kultuurilooline_kollektsioon, lk 26
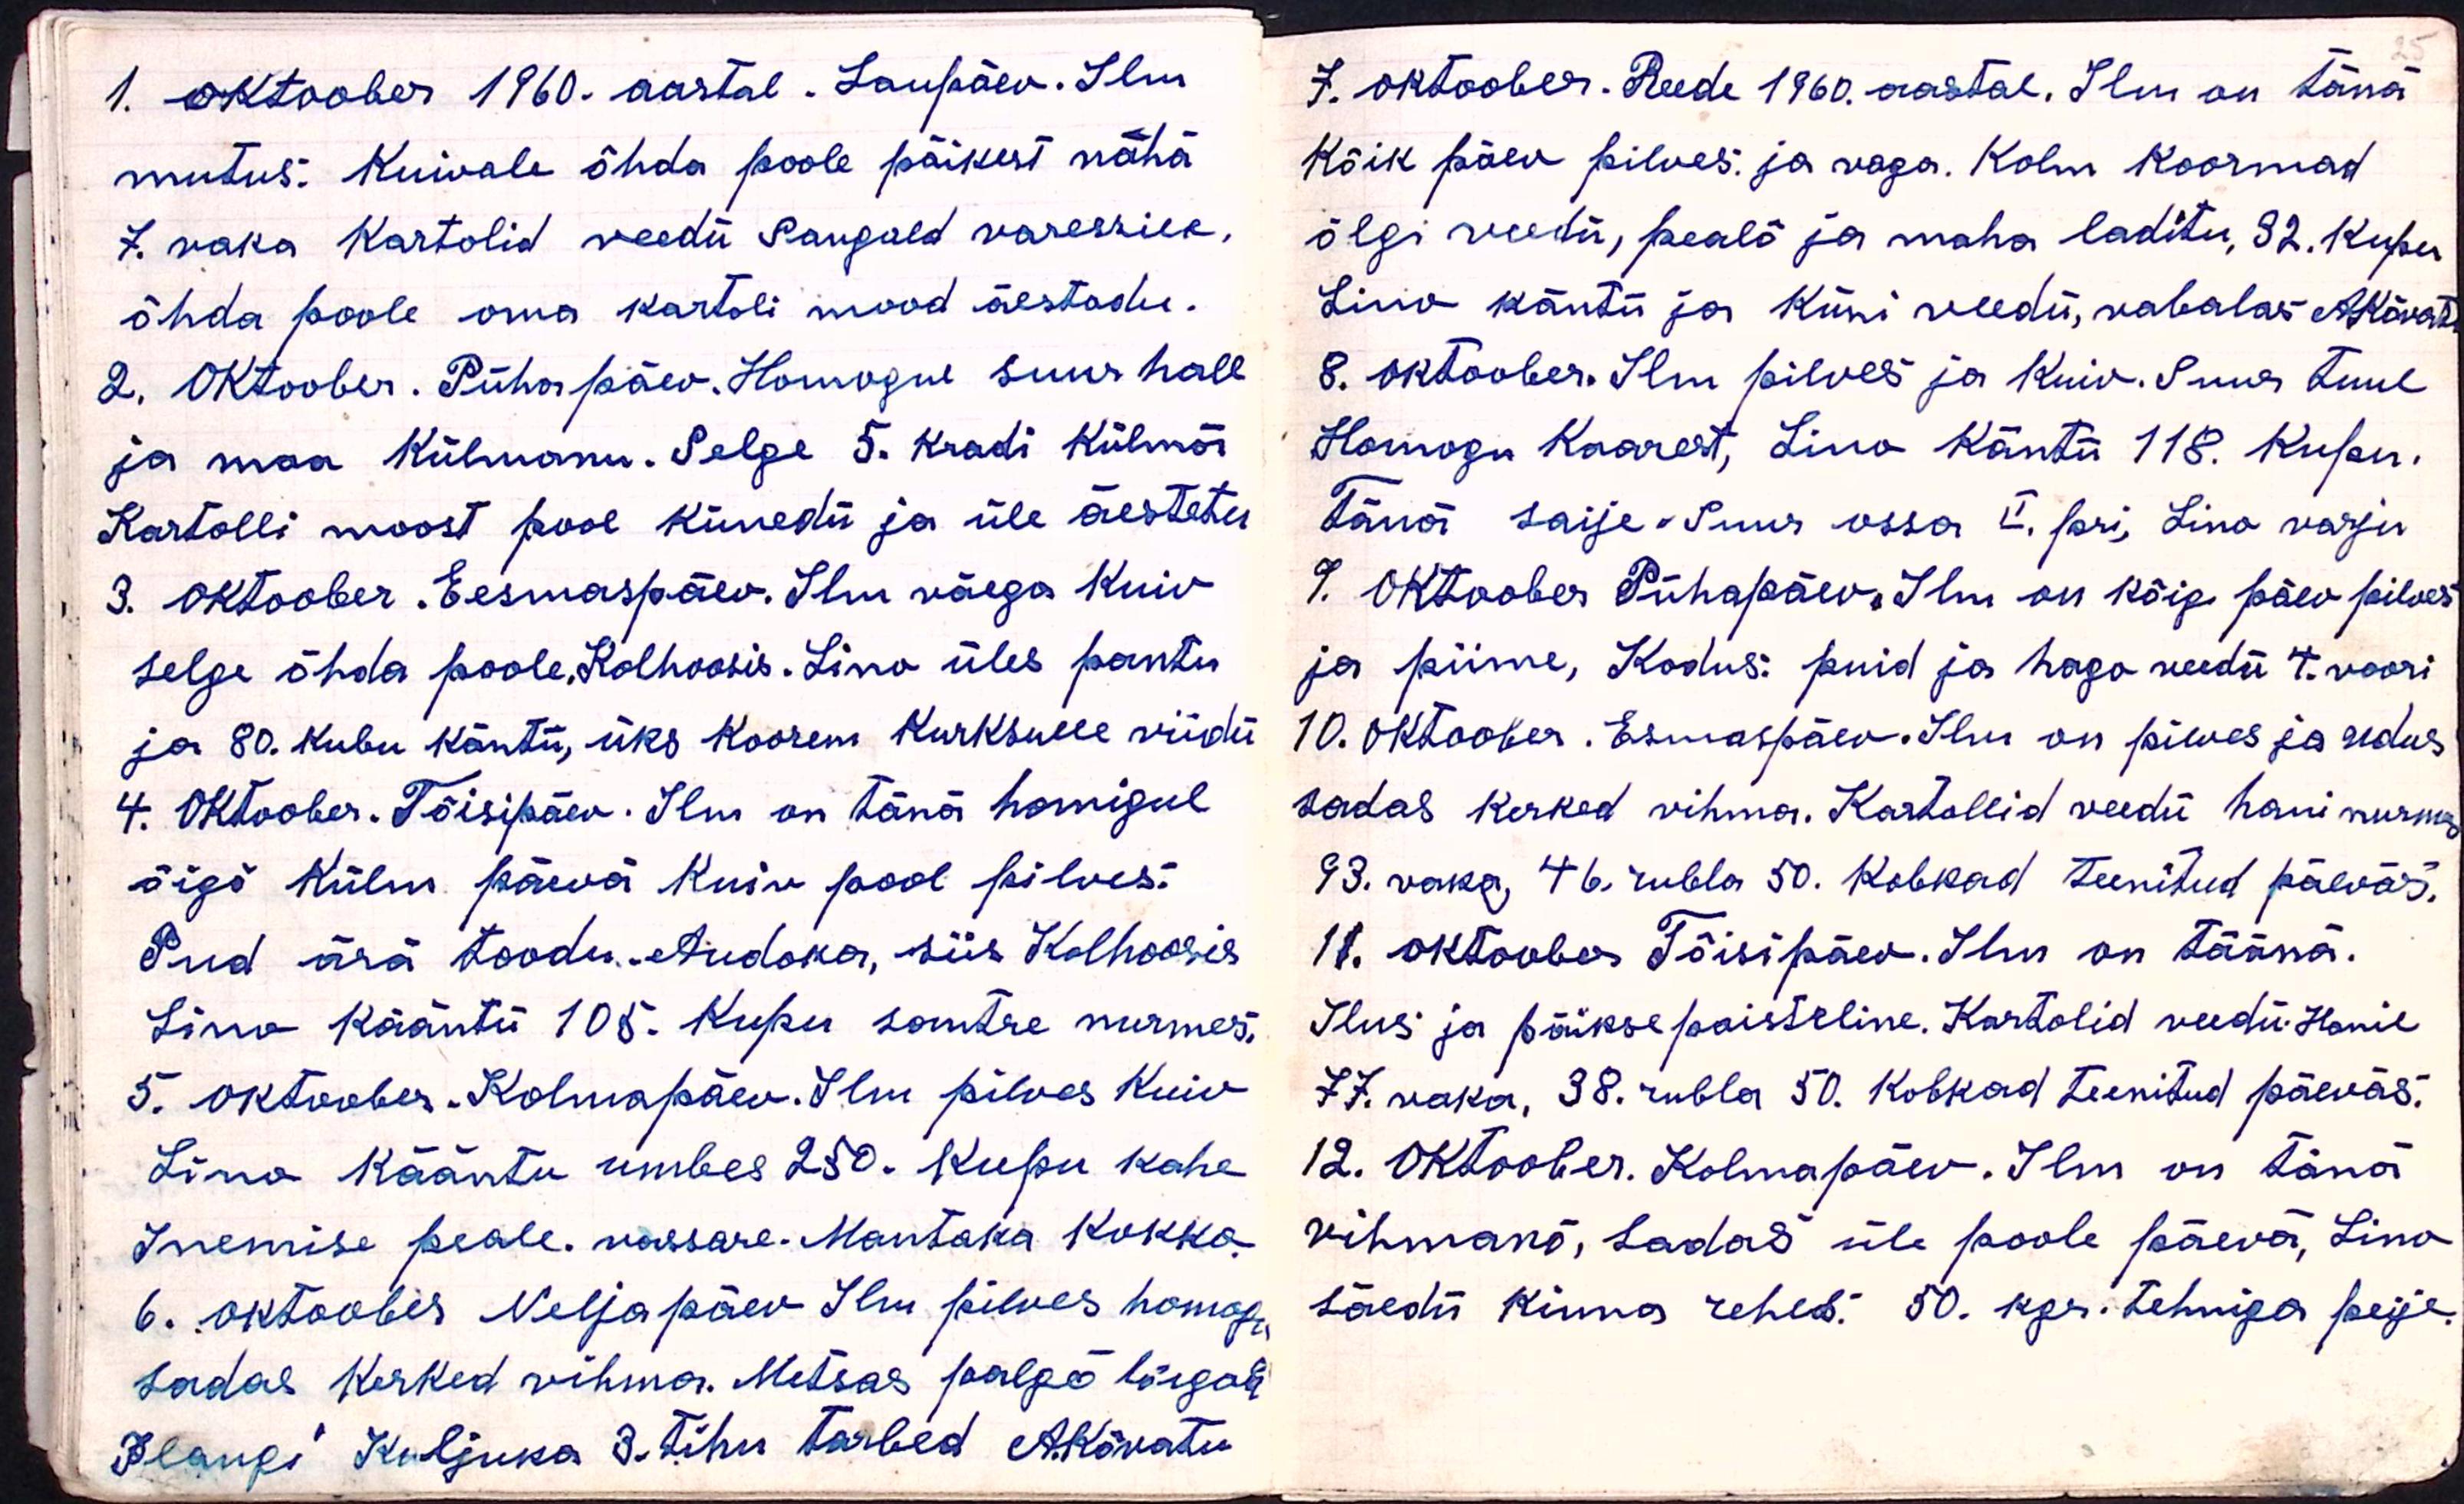
1. oktoober 1960. aastal. Laupäev. Ilm
mutus: kuivale õhda poole päikest nähä
7. vaka kartolid veedü Sangald varessile
õhda poole oma kartoli mood äestadu.
2. Oktoober. Pühapäev. Homogne suur hall
ja maa külmanu. Selge 5. kradi külmä
Kartolli moost pool künedü ja üle äestetu
3. Oktoober. Eesmaspäev. Ilm väega kuiv
selge õhda poole. Kolhoosis. Lino üles pantu
ja 80. kubu käntü, üks koorem Kurksulle viidü
4. Oktoober. Tõisipäev. Ilm on tänä homigul
õigõ külm päevä kuiv pool pilves.
Pud ärä toodu. Audoka, siis Kolhoosis
Lino kääntü 105. Kupu somtre nurmes,
5. oktoober. Kolmapäev. Ilm pilves kuiv
Lino Kääntu umbes 250. Kupu kahe
Inemise peale. vassare. Mantaka kokko
6. oktoober Neljapäev Ilm pilves homogu
sadas kerked vihma. Metsas palgõ lõigab
Plangi Kuljuka 3. tihu tarbed AKõvatu

7. oktoober. Reede 1960. aastal. Ilm on tänä
Kõik päev pilves. ja vaga. Kolm koormad
õlgi veedu, pealõ ja maha laditu, 32. kupu
Lino käntü ja küni veedü, vabalas AKõvat
8. oktoober. Ilm pilves ja kuiv. Suur tuul
Homogu kaarest, Lino käntü 118. kupu.
Tänä saije. Suur ossa II. lari, Lino varju
9. Oktoober Pühapäev, Ilm on kõige päev pilves.
ja piime, Kodus: puid ja hogo veedü 4. voori
10. Oktoober. Esmaspäev. Ilm on pilves ja udus
sadas kerked vihma. Kartollid veedü hani nurma
93. vaka, 46 rubla 50. kobkad teenitud päeväs.
11. oktoober Tõisipäev. Ilm on täänä.
Ilus ja päiksepaisteline. Kartolid veedü Hanil
77. vaka, 38. rubla 50. kobkad teenitud päeväs.
12. Oktoober. Kolmapäev. Ilm on täna
vihmanõ, Sadas üle poole päevä, Lino
säedü Kinna rehes. 50. kgr. tehniga peije.